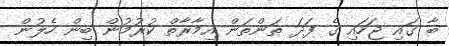
ބާ ގައި ޖަހައި ގެ ފަދަ ތަންތަން އިމާރާތް ކުރުމުން ބިން ހެލުން